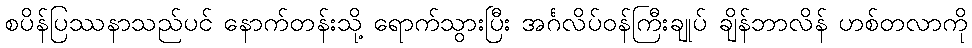
စပိန်ပြဿနာသည်ပင် နောက်တန်းသို့ ရောက်သွားပြီး အင်္ဂလိပ်ဝန်ကြီးချုပ် ချိန်ဘာလိန် ဟစ်တလာကို